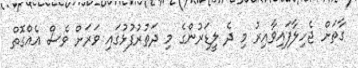
ގާތަށް ޖެހިލާފައިވާއިރު މި ދެ ލީޑަރުންގެ މި ދަތުރުފުޅުގައި ވަރަށް ވެސް އެއްގޮތް